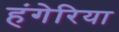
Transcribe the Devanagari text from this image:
हंगेरिया